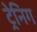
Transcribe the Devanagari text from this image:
ट्रेनिग